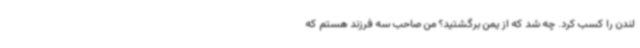
لندن را کسب کرد. چه شد که از یمن برگشتید؟ من صاحب سه فرزند هستم که